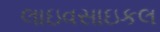
લાઇવસાઇકલ